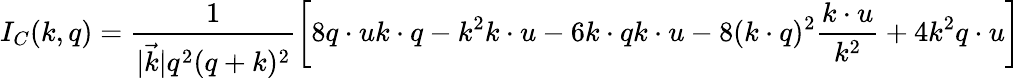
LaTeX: I_{C}(k,q)=\frac{1}{|\vec{k}|q^{2}(q+k)^{2}}\left[8q\cdot uk\cdot q-k^{2}k\cdot u-6k\cdot qk\cdot u-8(k\cdot q)^{2}\frac{k\cdot u}{k^{2}}+4k^{2}q\cdot u\right]